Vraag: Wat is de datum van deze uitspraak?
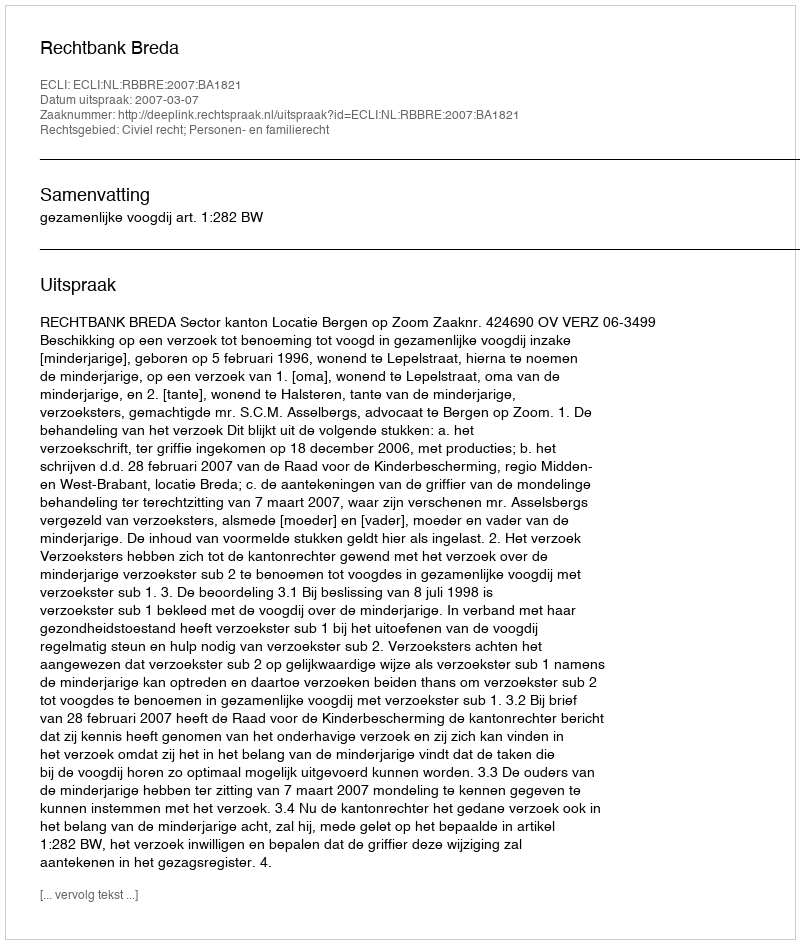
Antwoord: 2007-03-07